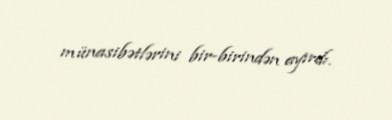
münasibətlərini bir-birindən ayırdı.